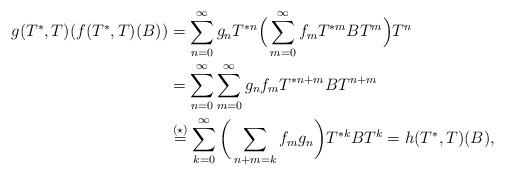
LaTeX: \begin{align*}g(T^*,T)(f(T^*,T)(B))&= \sum_{n=0}^{\infty} g_n T^{*n} \Big( \sum_{m=0}^{\infty} f_m T^{*m} B T^m \Big) T^n \\&= \sum_{n=0}^{\infty} \sum_{m=0}^{\infty} g_n f_m T^{*n+m} B T^{n+m} \\& \stackrel{(\star)}{=} \sum_{k=0}^{\infty} \bigg( \sum_{n+m=k} f_m g_n \bigg) T^{*k} B T^k= h(T^*,T)(B),\end{align*}